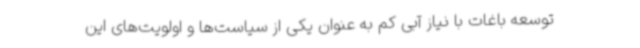
توسعه باغات با نیاز آبی کم به عنوان یکی از سیاست‌ها و اولویت‌های این